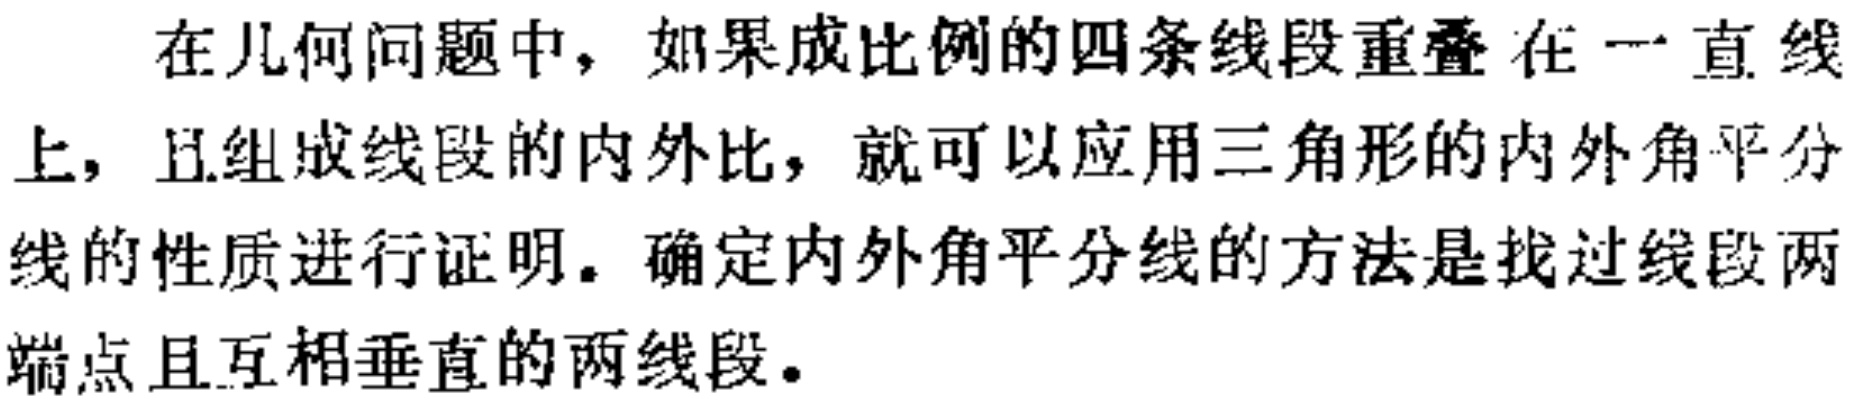
在几何问题中，如果成比例的四条线段重叠在一直线上，且组成线段的内外比，就可以应用三角形的内外角平分线的性质进行证明。确定内外角平分线的方法是找过线段两端点且互相垂直的两线段。